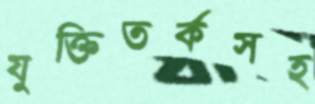
যুক্তিতর্কসহ